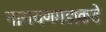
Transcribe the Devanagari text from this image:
नारायणगडाकडे